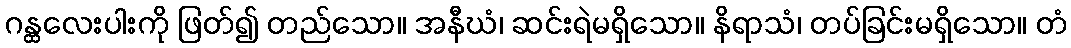
ဂန္ထလေးပါးကို ဖြတ်၍ တည်သော။ အနီဃံ၊ ဆင်းရဲမရှိသော။ နိရာသံ၊ တပ်ခြင်းမရှိသော။ တံ